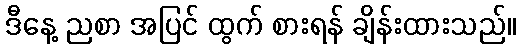
ဒီနေ့ ညစာ အပြင် ထွက် စားရန် ချိန်းထားသည်။